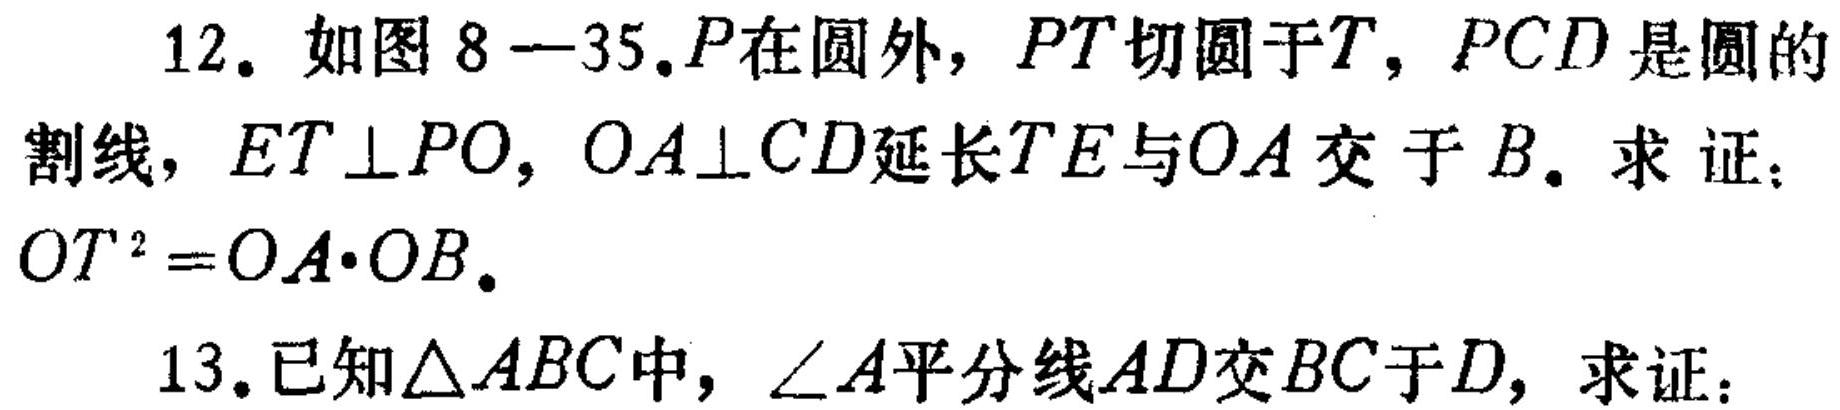
12. 如图 8 - 35.\(P\)在圆外，\(PT\)切圆于\(T\)，\(PCD\)是圆的割线，\(ET\perp PO\)，\(OA\perp CD\)延长\(TE\)与\(OA\)交于\(B\). 求证：\(OT^{2}=OA\cdot OB\).
13.已知\(\triangle ABC\)中，\(\angle A\)平分线\(AD\)交\(BC\)于\(D\)，求证：